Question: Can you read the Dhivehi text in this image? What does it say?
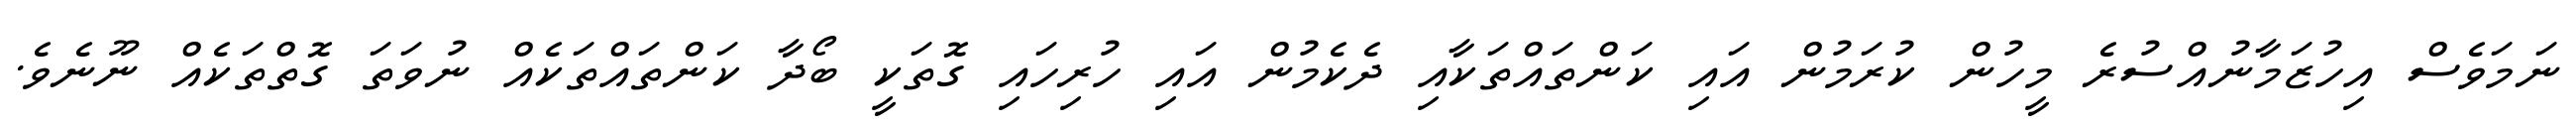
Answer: ނަމަވެސް އިހުޒަމާނުއްސުރެ މީހުން ކުރަމުން އައި ކަންތައްތަކާއި ދެކެމުން އައި ހުރިހައި ގޮތަކީ ބޯދާ ކަންތައްތަކެއް ނުވަތަ ގޮތްތަކެއް ނޫނެވެ.